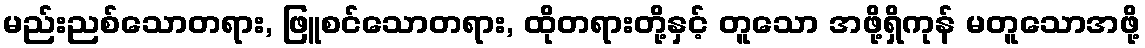
မည်းညစ်သောတရား, ဖြူစင်သောတရား, ထိုတရားတို့နှင့် တူသော အဖို့ရှိကုန် မတူသောအဖို့